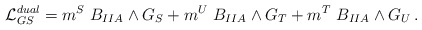
\begin{align*}{\cal L}_{GS}^{dual}=m^S~B_{IIA} \wedge G_S+m^U~B_{IIA}\wedge G_T+m^T~B_{IIA}\wedge G_U\, .\end{align*}